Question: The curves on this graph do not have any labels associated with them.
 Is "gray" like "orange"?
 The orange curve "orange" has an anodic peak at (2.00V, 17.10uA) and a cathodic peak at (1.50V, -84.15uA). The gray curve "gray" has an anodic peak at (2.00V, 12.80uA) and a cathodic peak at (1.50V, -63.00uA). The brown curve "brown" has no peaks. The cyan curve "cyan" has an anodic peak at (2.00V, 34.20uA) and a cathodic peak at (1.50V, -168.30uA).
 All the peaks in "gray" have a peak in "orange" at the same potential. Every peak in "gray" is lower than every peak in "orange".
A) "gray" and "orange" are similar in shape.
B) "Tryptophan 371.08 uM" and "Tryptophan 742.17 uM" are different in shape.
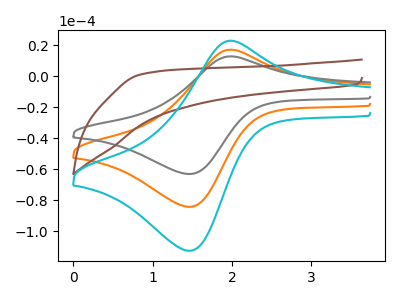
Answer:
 <answer>A) "gray" and "orange" are similar in shape.</answer>
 <eval>A</eval>